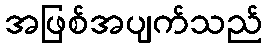
အဖြစ်အပျက်သည်